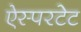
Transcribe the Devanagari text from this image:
ऐस्परटेट